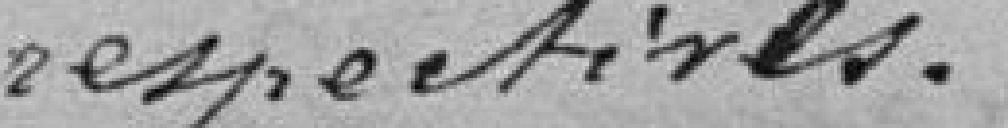
respectives